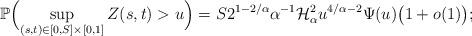
LaTeX: \begin{align*}\mathbb{P} \Bigl( \sup_{(s,t)\in[0,S]\times[0,1]} Z(s,t)> u \Bigr) = S2^{1-2/\alpha}\alpha^{-1}\mathcal{H}_{\alpha}^2u^{{4}/{\alpha}-2 } \Psi(u) \bigl(1+o(1)\bigr);\end{align*}